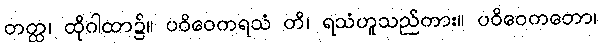
တတ္ထ၊ ထိုဂါထာ၌။ ပဝိဝေကရသံ တိ၊ ရသံဟူသည်ကား။ ပဝိဝေကတော၊